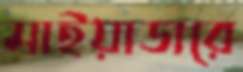
মাইয়াডারে